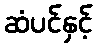
ဆံပင်နှင့်